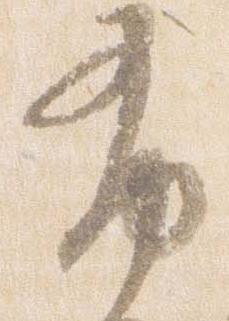
布